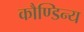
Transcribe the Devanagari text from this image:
कौण्डिन्य